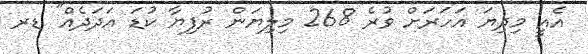
އެއީ މިދިޔަ އަހަރަށް ވުރެ 268 މިލިޔަން ރުފިޔާ ކުޑަ އަދަދެއް" ޑރ